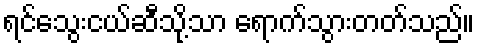
ရင်သွေးငယ်ဆီသို့သာ ရောက်သွားတတ်သည်။